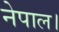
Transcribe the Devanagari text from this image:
नेपाल।